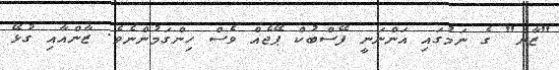
"ޒާން" ގެ ނަމުގައި އަންނަނީ ފޭސްބުކް ޕޭޖެއް ވެސް ހިންގަމުންނެވެ. ޒާންއާއި ގުޅޭ